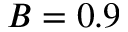
B = 0 . 9